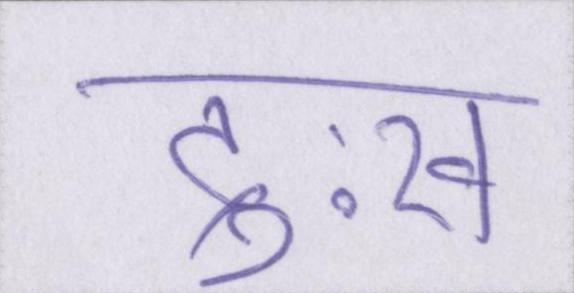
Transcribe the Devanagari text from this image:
दुःख